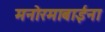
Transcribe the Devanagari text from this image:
मनोरमाबाईंना